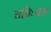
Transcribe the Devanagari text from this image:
तन्निःश्वास